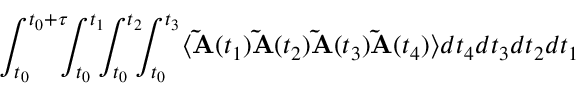
\int _ { t _ { 0 } } ^ { t _ { 0 } + \tau } \! \! \! \int _ { t _ { 0 } } ^ { t _ { 1 } } \! \! \! \int _ { t _ { 0 } } ^ { t _ { 2 } } \! \! \! \int _ { t _ { 0 } } ^ { t _ { 3 } } \langle \mathbf { \widetilde { A } } ( t _ { 1 } ) \mathbf { \widetilde { A } } ( t _ { 2 } ) \mathbf { \widetilde { A } } ( t _ { 3 } ) \mathbf { \widetilde { A } } ( t _ { 4 } ) \rangle d t _ { 4 } d t _ { 3 } d t _ { 2 } d t _ { 1 }